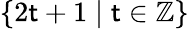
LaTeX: \{ 2\mathsf{t}+1\mid\mathsf{t}\in\mathbb{{Z}}\}